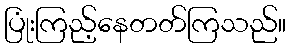
ပြုံးကြည့်နေတတ်ကြသည်။